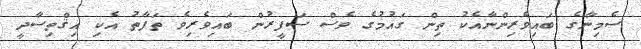
ސެމިނާގެ ބައިވެރިންނާއެކު ތިން ގައުމުގެ ވެސް ސަފީރުން ބައިވެރިވެ ތަފާތު އެކި އިޤްތިސާދީ